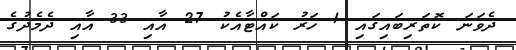
ދެވަނަ ކޮތަރިބައިގައި 1 ހަރު ކައްޓާއެކު 27 އާއި 33 އާއި ދެމެދުގެ